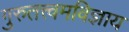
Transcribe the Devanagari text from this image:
गुरुतत्त्वमविज्ञाय